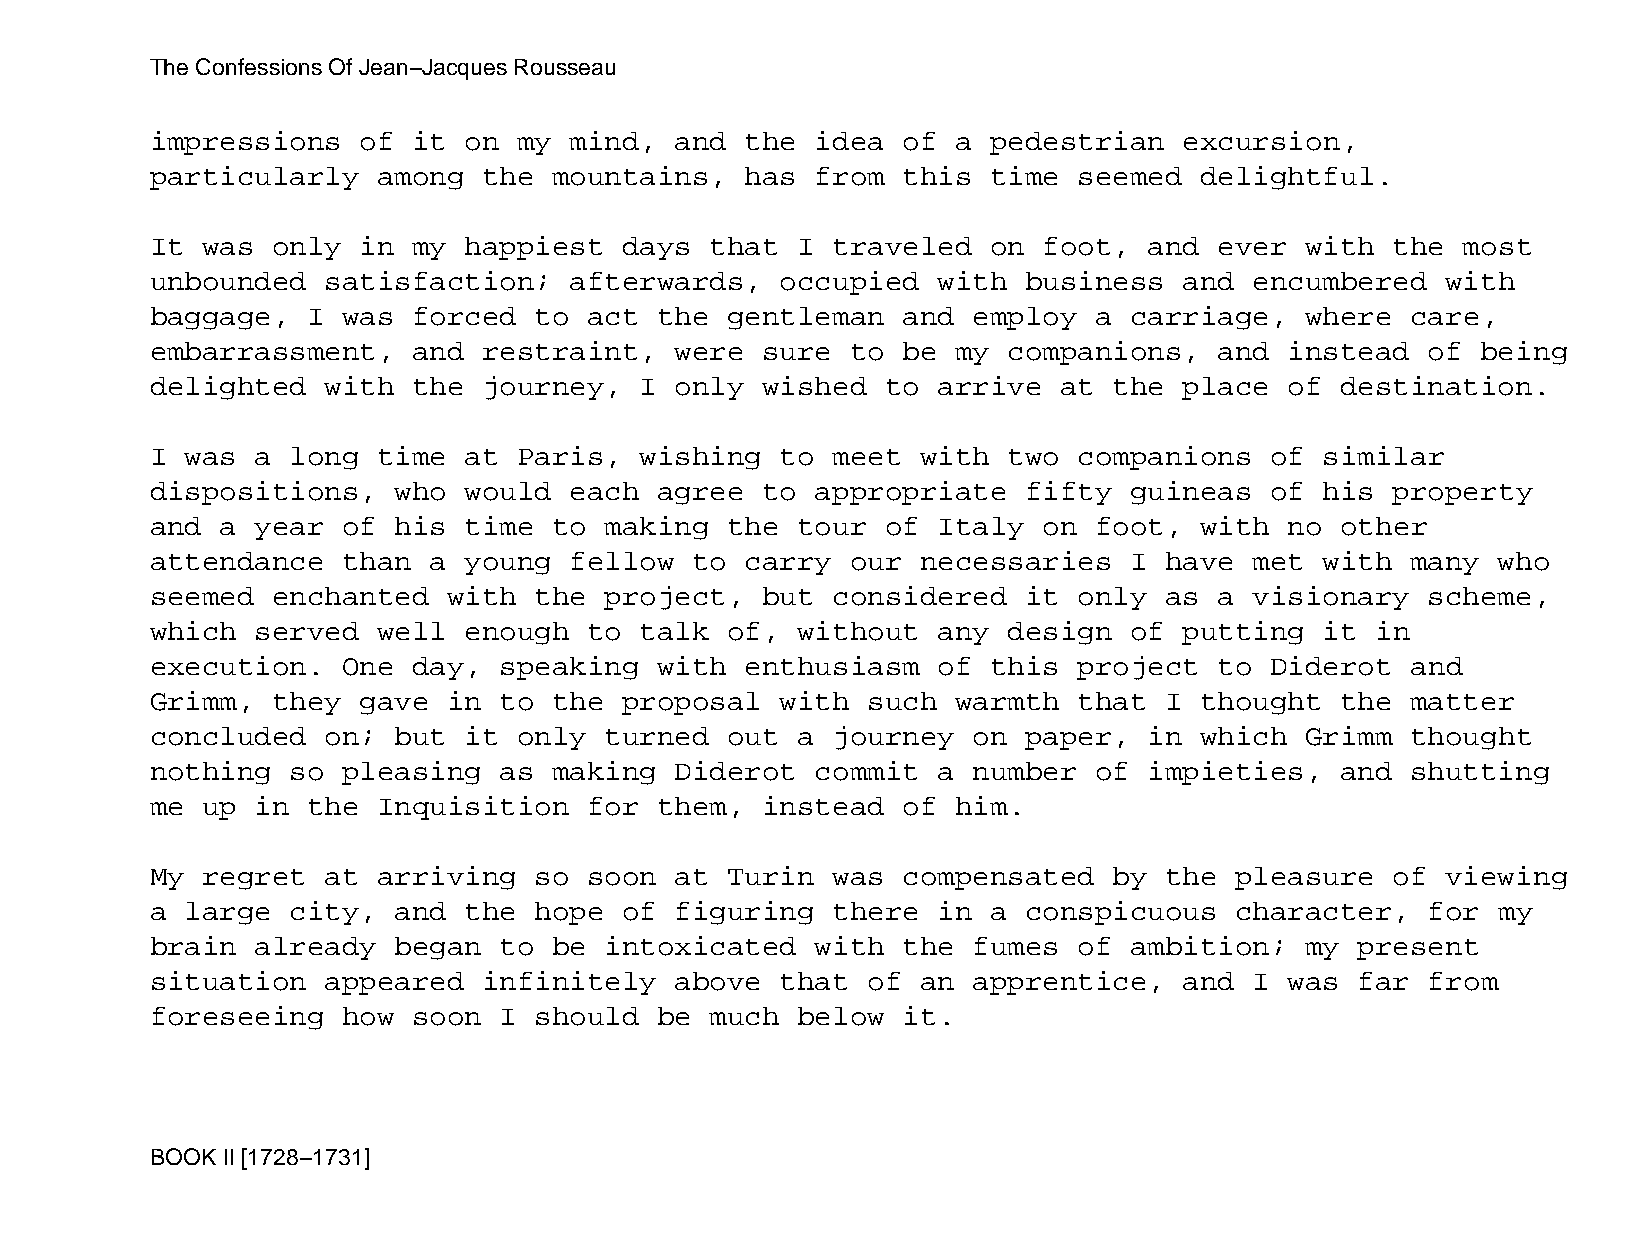
The Confessions Of Jean−Jacques Rousseau
 impressions   of it  on my  mind,  and the  idea  of a  pedestrian  excursion,
 particularly   among  the  mountains,  has  from  this  time seemed  delightful.
 It was  only  in my  happiest  days  that  I traveled   on foot,  and  ever with  the  most
 unbounded   satisfaction;   afterwards,   occupied  with  business  and  encumbered   with
 baggage,  I  was forced  to  act  the gentleman   and employ  a  carriage,  where  care,
 embarrassment,   and  restraint,   were sure  to  be my  companions,   and instead   of being
 delighted   with the  journey,  I  only wished   to arrive  at  the place  of  destination.
 I was  a long  time  at Paris,  wishing   to meet  with  two companions   of  similar
 dispositions,   who  would  each  agree to  appropriate   fifty  guineas  of  his property
 and  a year  of his  time  to making  the  tour  of Italy  on foot,  with  no  other
 attendance   than a  young  fellow  to carry  our  necessaries   I have  met  with many  who
 seemed  enchanted   with the  project,  but  considered   it only  as  a visionary   scheme,
 which  served  well  enough  to talk  of,  without  any  design  of putting   it in
 execution.   One day,  speaking   with enthusiasm   of  this project   to Diderot  and
 Grimm,  they  gave  in to  the proposal   with such  warmth  that  I thought   the matter
 concluded   on; but  it only  turned  out  a journey  on  paper,  in which  Grimm  thought
 nothing  so  pleasing  as  making  Diderot  commit  a number  of  impieties,   and shutting
 me up  in the  Inquisition   for  them, instead   of him.
 My regret   at arriving  so  soon  at Turin  was  compensated   by the  pleasure  of  viewing
 a large  city,  and  the hope  of  figuring  there  in  a conspicuous   character,   for my
 brain  already  began  to  be intoxicated   with  the fumes  of  ambition;  my  present
 situation   appeared  infinitely   above  that of  an apprentice,   and  I was  far  from
 foreseeing   how soon  I should   be much  below  it.
 BOOK II [1728−1731]